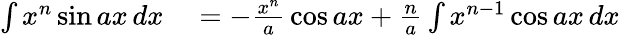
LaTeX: \begin{array}{rl}{\int x^{n}\sin ax\, dx}&{{}=-{\frac{x^{n}}{a}}\cos ax+{\frac{n}{a}}\int x^{n-1}\cos ax\, dx}\end{array}